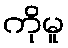
ကိုမူ